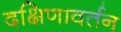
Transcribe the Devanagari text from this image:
दक्षिणावर्तन